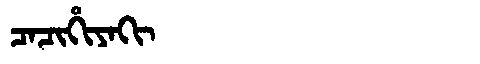
Manchu: ᠴᠠᠴᡳᡥᡳᠶᠠᡴᡳ
Romanization: CACIHIYAKI